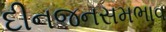
દીનજનસમભાવ